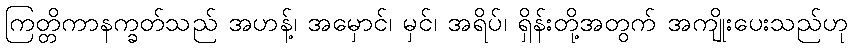
ကြတ္တိကာနက္ခတ်သည် အဟန့်၊ အမှောင်၊ မှင်၊ အရိပ်၊ ရှိန်းတို့အတွက် အကျိုးပေးသည်ဟု